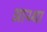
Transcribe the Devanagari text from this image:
आय्था